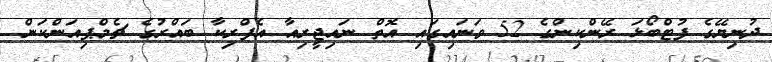
ދުނިޔޭގެ ފުޓްބޯޅަ ރޭންކިންގެ 52 ވަނައިގައި އޮތް ނައިޖީރިއާ އެފްރިކާ ބައްރުގެ ޗެމްޕިއަންކަން